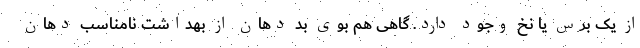
از یک برس یا نخ وجود دارد. گاهی هم بوی بد دهان از بهداشت نامناسب دهان